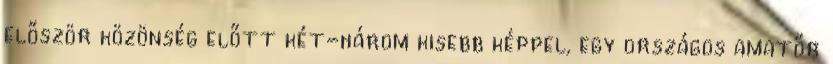
először közönség előtt két-három kisebb képpel, egy országos amatőr